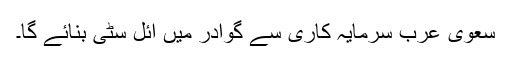
سعوی عرب سرمایہ کاری سے گوادر میں آئل سٹی بنائے گا۔